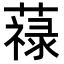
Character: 𦽎